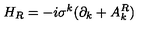
H _ { R } = - i \sigma ^ { k } ( \partial _ { k } + A _ { k } ^ { R } )